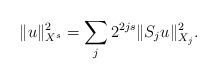
LaTeX: \begin{align*} \| u \|^2_{X^s} = \sum_j 2^{2js} \| S_{j} u \|^2_{X_j}.\end{align*}